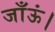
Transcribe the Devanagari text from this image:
जाँऊं।